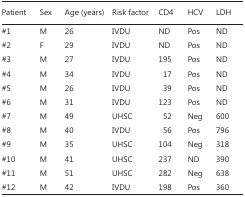
| Patient | Sex | Age (years) | Risk factor | CD4 | HCV | LDH |
 | --- | --- | --- | --- | --- | --- | --- |
 | #1 | M | 26 | IVDU | ND | Pos | ND |
 | #2 | F | 29 | IVDU | ND | Pos | ND |
 | #3 | M | 27 | IVDU | 195 | Pos | ND |
 | #4 | M | 34 | IVDU | 17 | Pos | ND |
 | #5 | M | 26 | IVDU | 39 | Pos | ND |
 | #6 | M | 31 | IVDU | 123 | Pos | ND |
 | #7 | M | 49 | UHSC | 52 | Neg | 600 |
 | #8 | M | 40 | IVDU | 56 | Pos | 796 |
 | #9 | M | 35 | UHSC | 104 | Neg | 318 |
 | #10 | M | 41 | UHSC | 237 | ND | 390 |
 | #11 | M | 51 | UHSC | 282 | Neg | 638 |
 | #12 | M | 42 | IVDU | 198 | Pos | 360 |